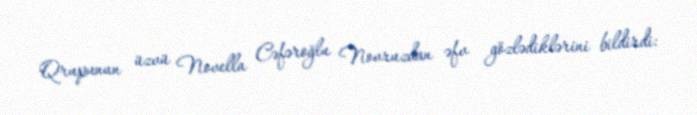
Qrupunun üzvü Novella Cəfəroğlu Novruzdan əfv gözlədiklərini bildirdi: